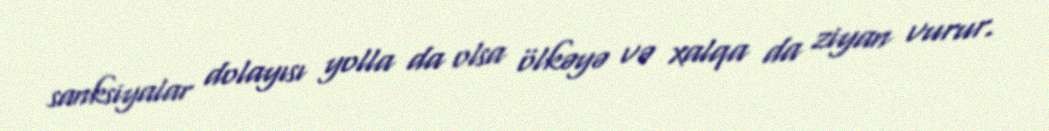
sanksiyalar dolayısı yolla da olsa ölkəyə və xalqa da ziyan vurur.